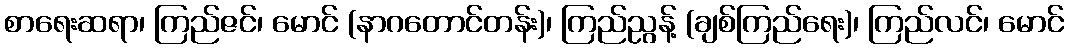
စာရေးဆရာ၊ ကြည်ဇင်၊ မောင် (နာဂတောင်တန်း)၊ ကြည်ညွန့် (ချစ်ကြည်ရေး)၊ ကြည်လင်၊ မောင်